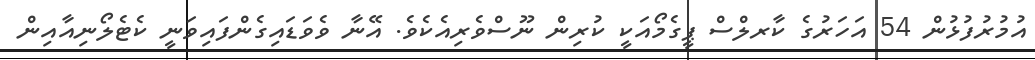
އުމުރުފުޅުން 54 އަހަރުގެ ކާރލްސް ޕީގެމޯއަކީ ކުރިން ނޫސްވެރިއެކެވެ. އޭނާ ވެވަޑައިގެންފައިވަނީ ކެޓެލޯނިއާއިން